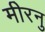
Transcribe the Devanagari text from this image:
मीरनु